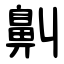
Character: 鼼